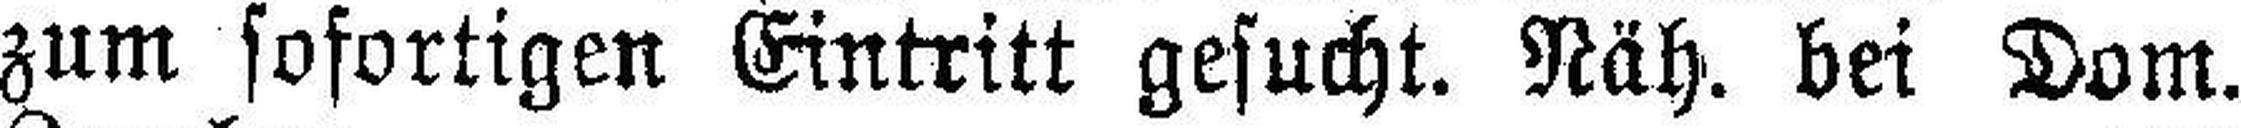
zum sofortigen Eintritt gesucht. Näh. bei Dom.